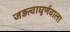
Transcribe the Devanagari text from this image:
जड़त्वाघूर्णवाला